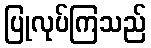
ပြုလုပ်ကြသည်